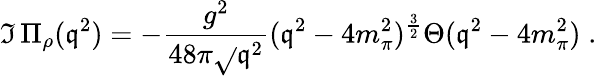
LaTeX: \Im\, \Pi_{\rho}(\mathfrak{q}^{2})=-\frac{{g^{2}}}{{48\pi\sqrt{}{{\mathfrak{q}^{2}}}}}(\mathfrak{q}^{2}-4m_{\pi}^{2})^{\frac{{3}}{{2}}}\Theta(\mathfrak{q}^{2}-4m_{\pi}^{2})\; .